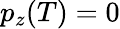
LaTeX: p_{z}(T)=0